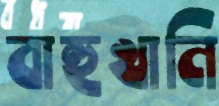
বাহুখানি